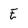
Character: E